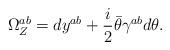
LaTeX: \begin{align*}\Omega^{ab}_Z=dy^{ab}+{i\over 2}\bar\theta\gamma^{ab}d\theta.\end{align*}